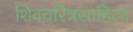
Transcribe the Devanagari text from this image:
शिवचरित्रसाहित्य